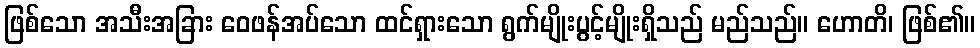
ဖြစ်သော အသီးအခြား ဝေဖန်အပ်သော ထင်ရှားသော ရွက်မျိုးပွင့်မျိုးရှိသည် မည်သည်။ ဟောတိ၊ ဖြစ်၏။